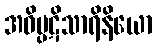
အဝိပ္ပဋိသာရိနိယော